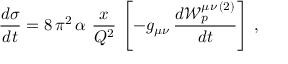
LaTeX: \frac { d \sigma } { d t } = 8 \, \pi ^ { 2 } \, \alpha \ \frac { x } { Q ^ { 2 } } \, \left[ - g _ { \mu \nu } \, \frac { d { \mathcal W } _ { p } ^ { \mu \nu \, ( 2 ) } } { d t } \right] \, ,